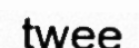
twee